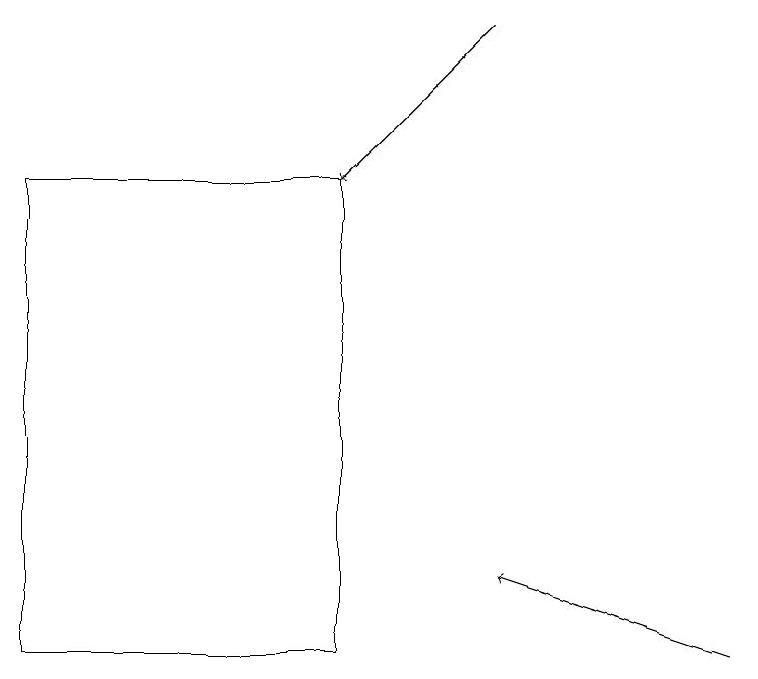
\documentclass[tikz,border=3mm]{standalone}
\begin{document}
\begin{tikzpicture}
\draw[->] (6,19) -- (4,17);
\draw (0,11) rectangle (4,17);
\draw[->] (9,11) -- (6,12);
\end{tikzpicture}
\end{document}